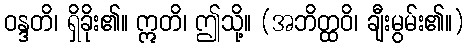
ဝန္ဒတိ၊ ရှိခိုး၏။ ဣတိ၊ ဤသို့။ (အဘိတ္ထဝိ၊ ချီးမွမ်း၏။)